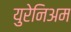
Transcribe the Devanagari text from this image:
युरेनिअम